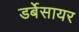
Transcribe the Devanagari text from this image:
डर्बेसायर